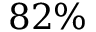
8 2 \%